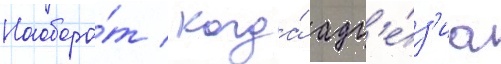
Наоборо́т / когда́ адг'е́з'иа